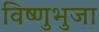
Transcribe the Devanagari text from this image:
विष्णुभुजा